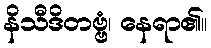
နိသီဒိတဗ္ဗံ၊ နေရာ၏။